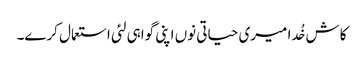
کاش خُدا میری حیاتی نوں اپنی گواہی لئی استعمال کرے۔